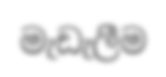
මැඩැලීම